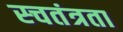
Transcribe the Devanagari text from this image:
स्चतंत्रता